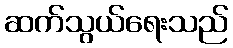
ဆက်သွယ်ရေးသည်